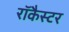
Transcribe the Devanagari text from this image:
रॉकैस्टर